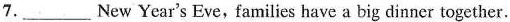
7.___New Year's Eve， families have a big dinner together.